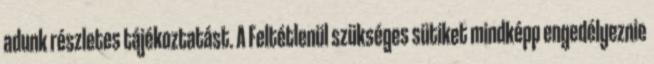
adunk részletes tájékoztatást. A Feltétlenül szükséges sütiket mindképp engedélyeznie